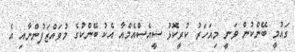
ގައުމީ ބޭންކުން ވަނީ މިއަހަރު ކުރީކޮޅު ސީއެސްއެމްއާ އެކު ބޭންކުގެ މުވައްޒަފުންނާއި އެ